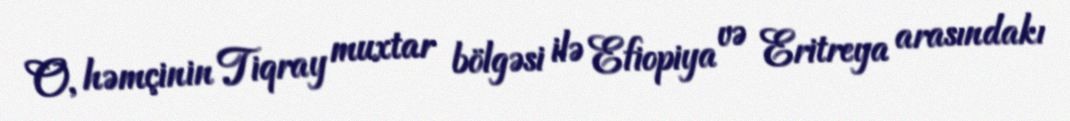
O, həmçinin Tiqray muxtar bölgəsi ilə Efiopiya və Eritreya arasındakı